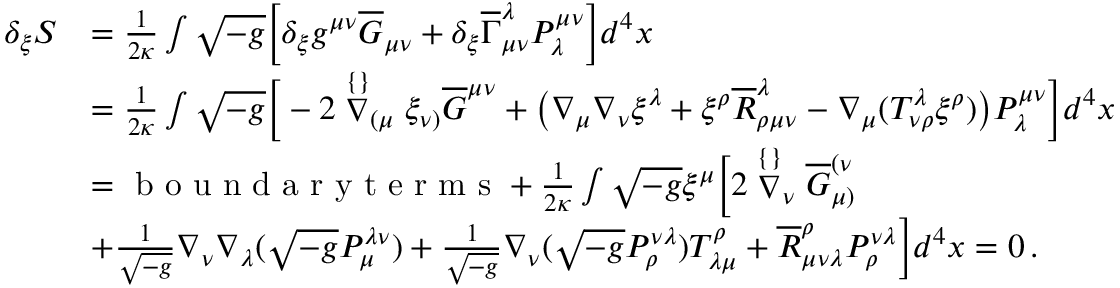
\begin{array} { r l } { \delta _ { \xi } S } & { = \frac { 1 } { 2 \kappa } \int \sqrt { - g } \Big [ \delta _ { \xi } g ^ { \mu \nu } \overline { { G } } _ { \mu \nu } + \delta _ { \xi } \overline { { \Gamma } } _ { \mu \nu } ^ { \lambda } P ^ { \mu \nu } _ { \lambda } \Big ] d ^ { 4 } x } \\ & { = \frac { 1 } { 2 \kappa } \int \sqrt { - g } \Big [ - 2 \stackrel { \{ \} } { \nabla } _ { ( \mu } \xi _ { \nu ) } \overline { { G } } ^ { \mu \nu } + \big ( \nabla _ { \mu } \nabla _ { \nu } \xi ^ { \lambda } + \xi ^ { \rho } \overline { { R } } _ { \rho \mu \nu } ^ { \lambda } - \nabla _ { \mu } ( T ^ { \lambda } _ { \nu \rho } \xi ^ { \rho } ) \big ) P ^ { \mu \nu } _ { \lambda } \Big ] d ^ { 4 } x } \\ & { = \textrm { b o u n d a r y t e r m s } + \frac { 1 } { 2 \kappa } \int \sqrt { - g } \xi ^ { \mu } \Big [ 2 \stackrel { \{ \} } { \nabla } _ { \nu } \overline { { G } } ^ { ( \nu } _ { \mu ) } } \\ & { + \frac { 1 } { \sqrt { - g } } \nabla _ { \nu } \nabla _ { \lambda } ( \sqrt { - g } P ^ { \lambda \nu } _ { \mu } ) + \frac { 1 } { \sqrt { - g } } \nabla _ { \nu } ( \sqrt { - g } P ^ { \nu \lambda } _ { \rho } ) T ^ { \rho } _ { \lambda \mu } + \overline { { R } } _ { \mu \nu \lambda } ^ { \rho } P ^ { \nu \lambda } _ { \rho } \Big ] d ^ { 4 } x = 0 \, . } \end{array}